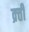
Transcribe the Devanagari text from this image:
क्र्ती